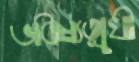
ভবিষ্যত্মুখী